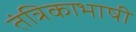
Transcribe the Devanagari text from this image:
तंत्रिकाभाषी